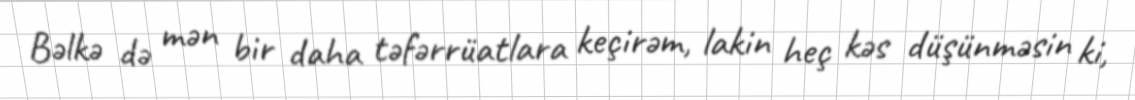
Bəlkə də mən bir daha təfərrüatlara keçirəm, lakin heç kəs düşünməsin ki,